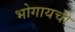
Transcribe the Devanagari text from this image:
भोगायची